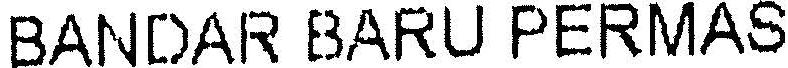
BANDAR BARU PERMAS